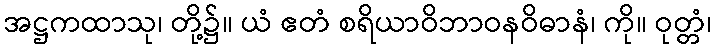
အဋ္ဌကထာသု၊ တို့၌။ ယံ ဧတံ စရိယာဝိဘာဝနဝိဓာနံ၊ ကို။ ဝုတ္တံ၊